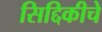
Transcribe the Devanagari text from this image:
सिद्दिकीचे